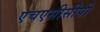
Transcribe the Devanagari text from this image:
एचएसीसीपी